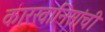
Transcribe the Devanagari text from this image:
कारखानिसांची